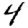
Digit: 4